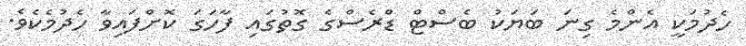
ހެދުމަކީ އެންމެ ގިނަ ބަޔަކު ބެސްޓް ޑްރެސްގެ ގޮތުގައި ފާހަގަ ކޮށްފައިވާ ހެދުމެކެވެ.